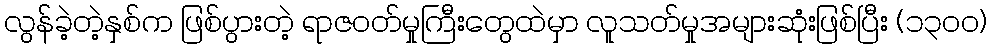
လွန်ခဲ့တဲ့နှစ်က ဖြစ်ပွားတဲ့ ရာဇဝတ်မှုကြီးတွေထဲမှာ လူသတ်မှုအများဆုံးဖြစ်ပြီး (၁၃၀၀)